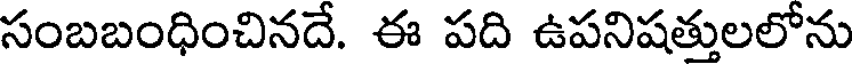
సంబబంధించినదే. ఈ పది ఉపనిషత్తులలోను